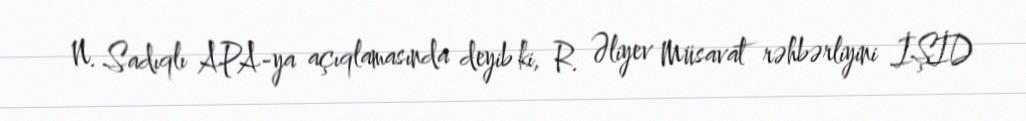
N. Sadıqlı APA-ya açıqlamasında deyib ki, R. Əliyev Müsavat rəhbərliyini İŞİD